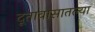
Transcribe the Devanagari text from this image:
दूतावासातल्या